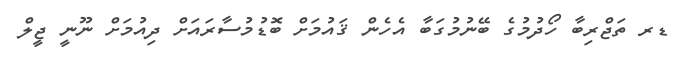
ޑރ ތަޖްރިބާ ހޯދުމުގެ ބޭނުމުގަބާ އެހެން ޤައުމަށް ބޮޑުމުސާރައަށް ދިއުމަށް ނޫނީ ޖީލް